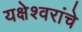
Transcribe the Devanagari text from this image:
यक्षेश्वरांचे